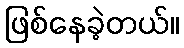
ဖြစ်နေခဲ့တယ်။